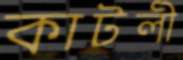
কাটলী